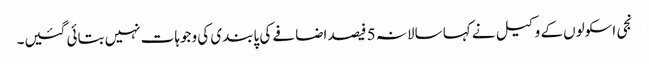
نجی اسکولوں کے وکیل نے کہا سالانہ 5 فیصد اضافے کی پابندی کی وجوہات نہیں بتائی گئیں۔